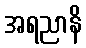
အရညာနိ